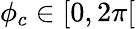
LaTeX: \phi_{c}\in[0,2\pi[